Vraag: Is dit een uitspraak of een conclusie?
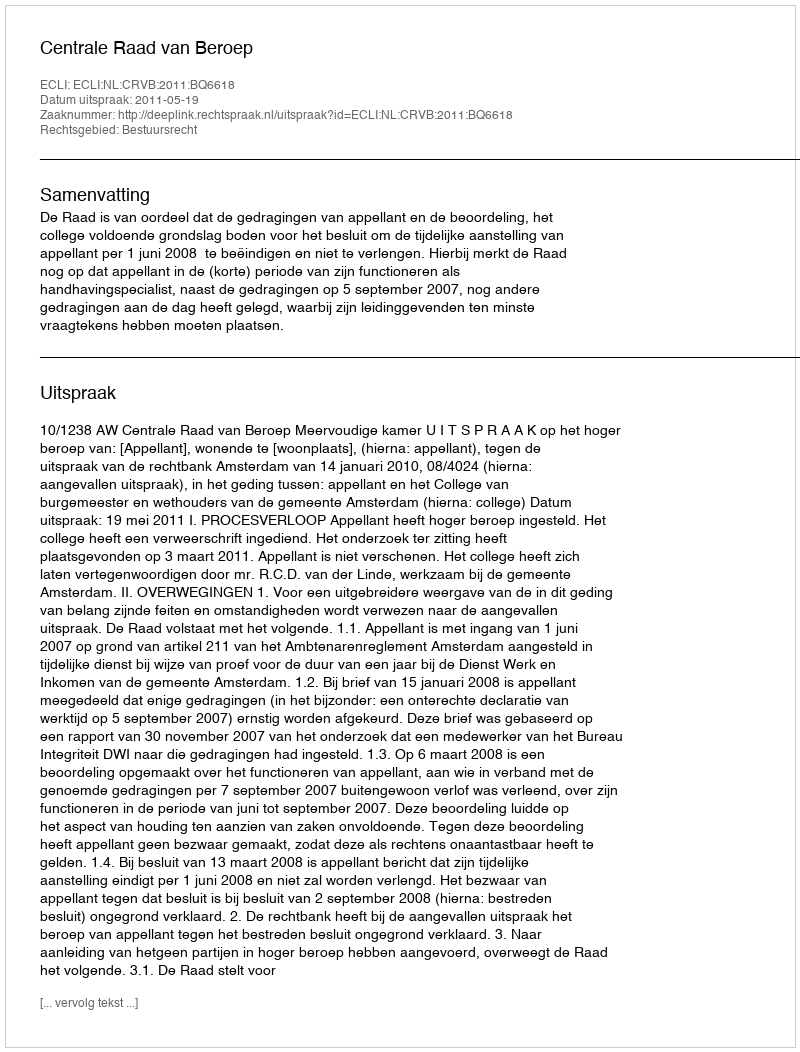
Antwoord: Uitspraak